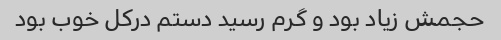
حجمش زیاد بود و گرم رسید دستم درکل خوب بود